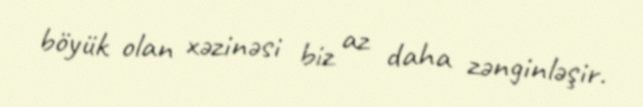
böyük olan xəzinəsi biz az daha zənginləşir.